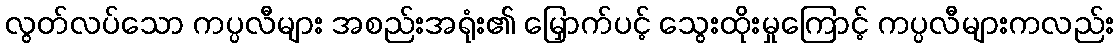
လွတ်လပ်သော ကပ္ပလီများ အစည်းအရုံး၏ မြှောက်ပင့် သွေးထိုးမှုကြောင့် ကပ္ပလီများကလည်း